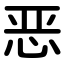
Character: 恶